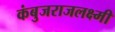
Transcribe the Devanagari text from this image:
कंबुजराजलक्ष्मी